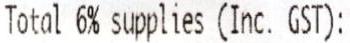
TOTAL 6% SUPPLIES (INC. GST):